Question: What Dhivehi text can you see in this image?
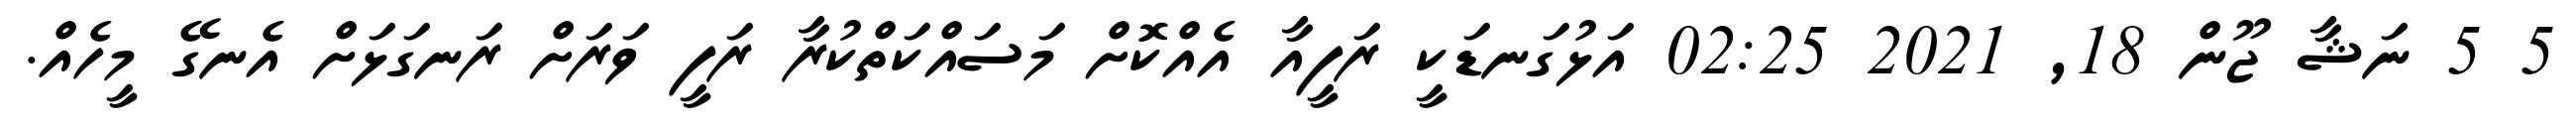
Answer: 5 5 ނަޝާ ޖޫން 18, 2021 02:25 އަޅުގަނޑަކީ ރަފީއާ އެއްކޮށް މަސައްކަތްކުރާ ރަފީ ވަރަށް ރަނގަޅަށް އެނގޭ މީހެއް.